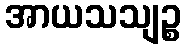
အာယသသျဉ္စ